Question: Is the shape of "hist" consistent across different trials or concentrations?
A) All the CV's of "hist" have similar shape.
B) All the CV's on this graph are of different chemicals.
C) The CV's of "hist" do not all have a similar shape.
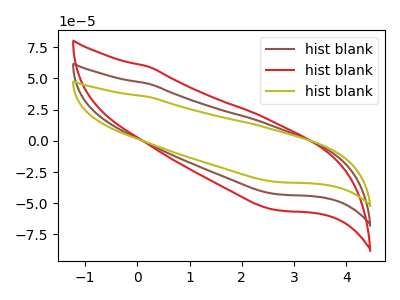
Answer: <think>The brown curve "hist blank1" has no peaks. The red curve "hist blank2" has no peaks. The olive curve "hist blank3" has no peaks.
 Neither "hist blank1" or "hist blank2" have any peaks. Neither "hist blank1" or "hist blank3" have any peaks. Neither "hist blank2" or "hist blank3" have any peaks.</think>
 <answer>A) All the CV's of "hist" have similar shape.</answer>
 <eval>A</eval>